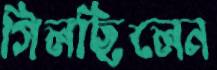
গিলছিলেন